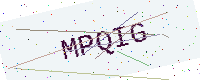
Text: MPQIG